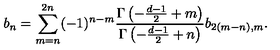
b _ { n } = \sum _ { m = n } ^ { 2 n } ( - 1 ) ^ { n - m } { \frac { \Gamma \left( - { \frac { d - 1 } { 2 } } + m \right) } { \Gamma \left( - { \frac { d - 1 } { 2 } } + n \right) } } b _ { 2 ( m - n ) , m } .